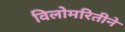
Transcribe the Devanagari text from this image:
विलोमरितीने